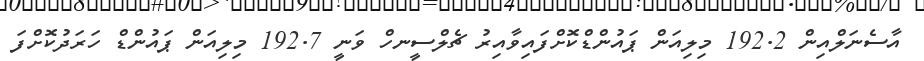
އާސެނަލްއިން 192.2 މިލިއަން ޕައުންޑްކޮށްފައިވާއިރު ޗެލްސީނހް ވަނީ 192.7 މިލިއަން ޕައުންޑް ހަރަދުކޮށްފަ